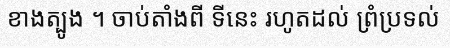
ខាងត្បូង ។ ចាប់តាំងពី ទីនេះ រហូតដល់ ព្រំប្រទល់